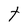
Character: t